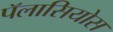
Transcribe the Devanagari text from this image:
पॅलासियोस